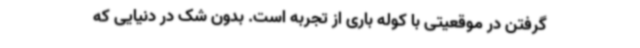
گرفتن در موقعیتی با کوله باری از تجربه است. بدون شک در دنیایی که